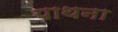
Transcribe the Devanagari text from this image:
पाथना